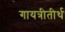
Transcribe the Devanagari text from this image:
गायत्रीतीर्थ